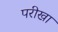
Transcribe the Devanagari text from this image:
परीखा